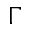
\Gamma